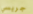
جريسي